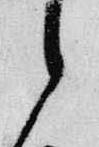
之